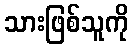
သားဖြစ်သူကို